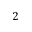
2